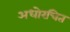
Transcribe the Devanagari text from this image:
अधोरचित